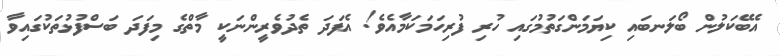
އެބޭކަލުން ބޯލަނބައި ކިޔަމަންގަތުމުގައި ހުރި ފުރިހަމަކަމާއެވެ! އެފަދަ ތެދުވެރީންނަކީ މާތްގެ މިފަދަ ބަސްފުޅުތަކުގައިވާ